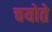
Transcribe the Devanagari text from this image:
चयोते